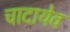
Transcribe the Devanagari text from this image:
चादायेव